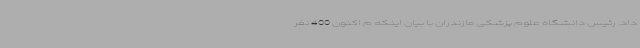
داد. رئیس دانشگاه علوم پزشکی مازندران با بیان اینکه م اکنون 400 نفر